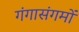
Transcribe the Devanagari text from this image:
गंगासंगमों